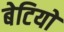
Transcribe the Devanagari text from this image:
बेटियाें